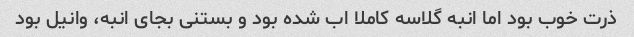
ذرت خوب بود اما انبه گلاسه کاملا اب شده بود و بستنی بجای انبه، وانیل بود